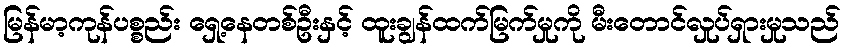
မြန်မာ့ကုန်ပစ္စည်း ရှေ့နေတစ်ဦးနှင့် ထူးချွန်ထက်မြက်မှုကို မီးတောင်လှုပ်ရှားမှုသည်